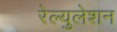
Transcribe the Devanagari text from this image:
रेल्युलेशन